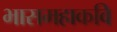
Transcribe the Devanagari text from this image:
भासमहाकवि